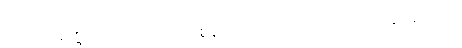
ဤတရားတို့ကို။ ပဟာယ၊ ပယ်စွန့်၍။ အလမရိယဉာဏဒဿနဝိသေသံ၊